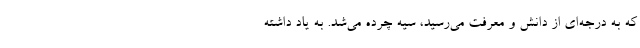
که به درجه‌ای از دانش و معرفت می‌رسید، سیه چرده می‌شد. به یاد داشته